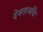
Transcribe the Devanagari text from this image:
देवताओंके